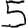
Digit: 5